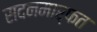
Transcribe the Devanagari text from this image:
सदनमार्फत